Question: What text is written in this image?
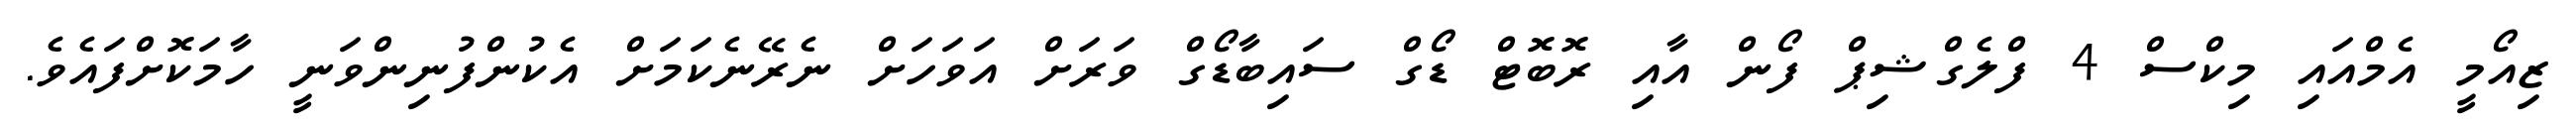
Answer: ޒިއޯމީ އެމްއައި މިކްސް 4 ފްލެގްޝިޕް ފޯން އާއި ރޮބޮޓް ޑޯގް ސައިބާޑޯގް ވަރަށް އަވަހަށް ނެރޭނެކަމަށް އެކުންފުނިންވަނީ ހާމަކޮށްފައެވެ.